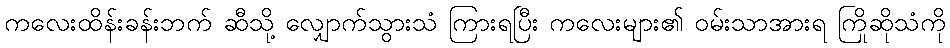
ကလေးထိန်းခန်းဘက် ဆီသို့ လျှောက်သွားသံ ကြားရပြီး ကလေးများ၏ ဝမ်းသာအားရ ကြိုဆိုသံကို